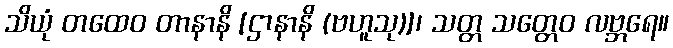
သိယုံ တထေဝ တာနာနိ [ဌာနာနိ (ဗဟူသု)]၊ သတ္တ သတ္တေဝ လဗ္ဘရေ။